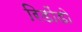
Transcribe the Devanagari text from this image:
रिडोंडो